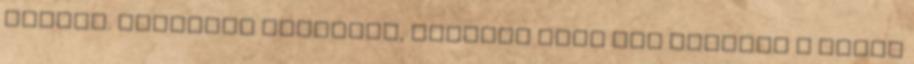
levegő. Vasárnap borongós, sokfelé esős idő indítja a napot